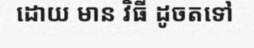
ដោយ មាន វិធី ដូចតទៅ